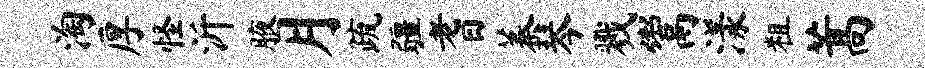
淘厚怪沂腋月疏疆耆蓁琴戮鬻漾粗蒿